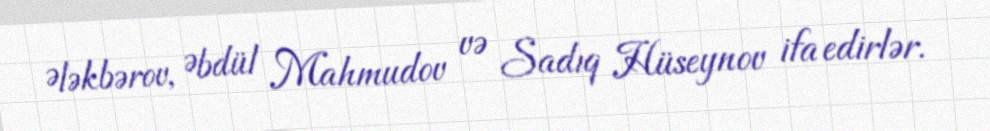
Ələkbərov, Əbdül Mahmudov və Sadıq Hüseynov ifa edirlər.